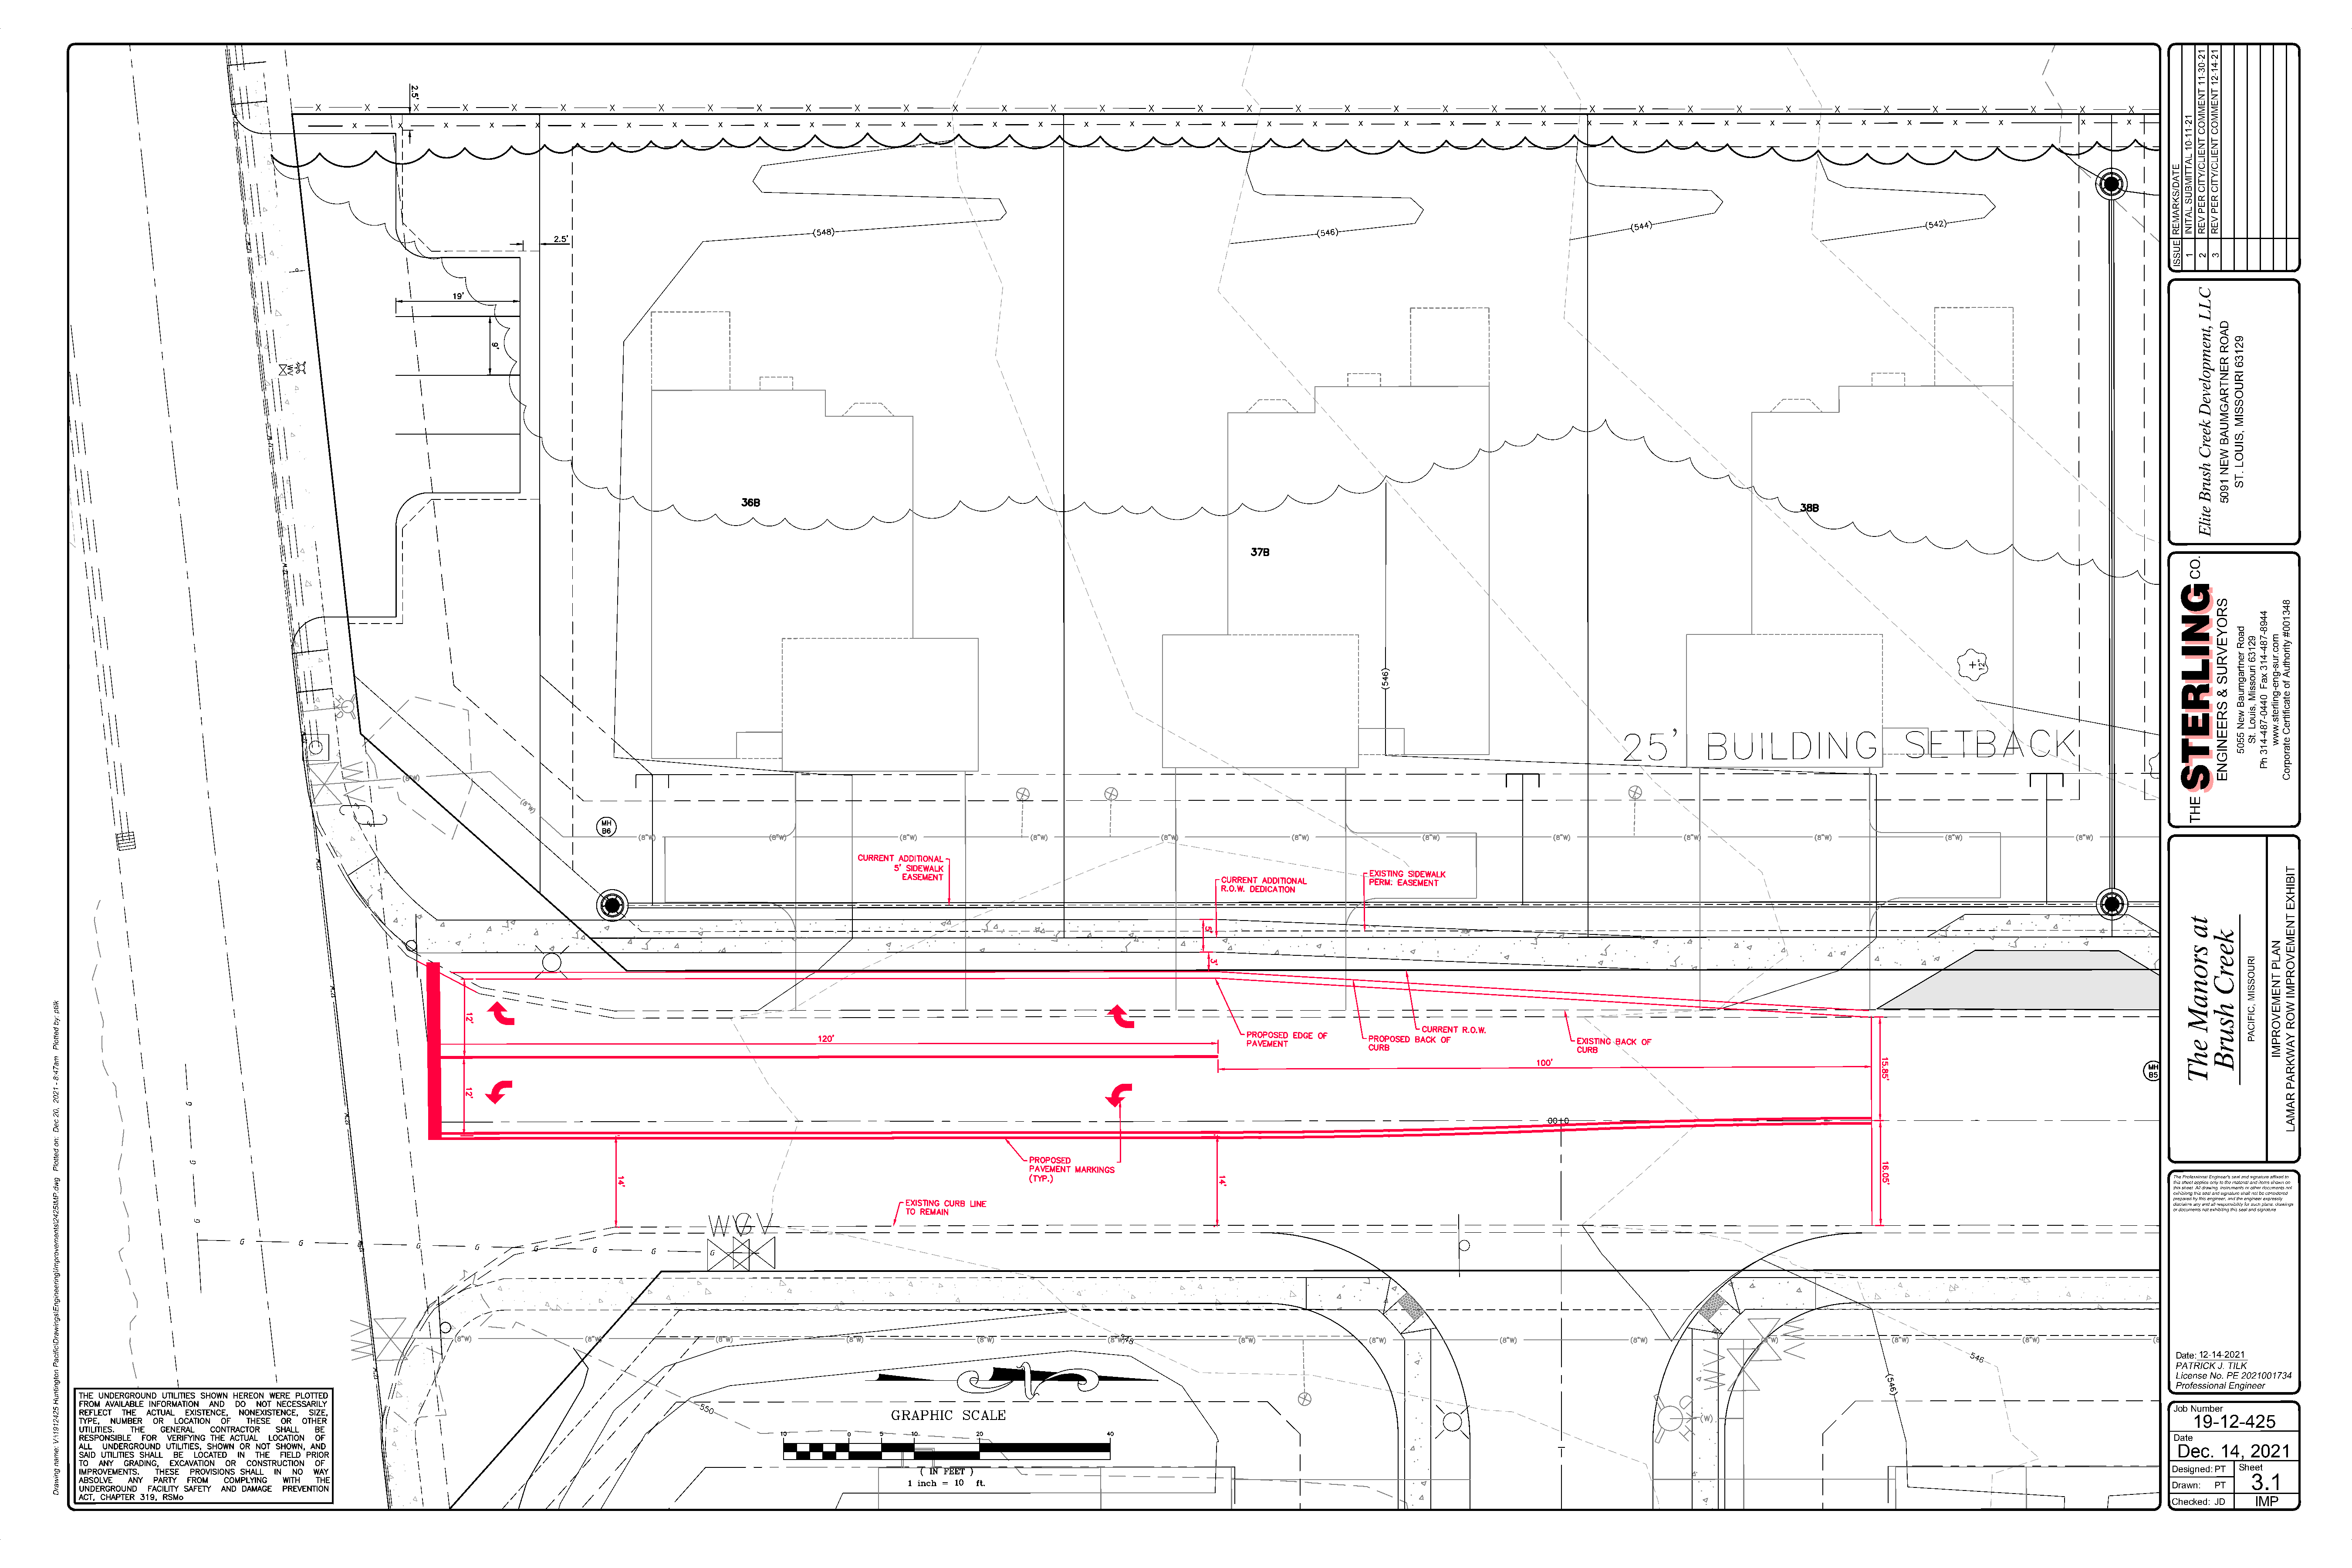
xx    xx     xx     xx     xx     xx     xx     xx     xx     xx     xx     xx     xx     xx     xx     xx     xx     xx     xx     xx     xx     xx    xx     xx     xx     xx     xx     xx     xx     xx     xx     xx     xx     xx     xx     xx     xx          xx     xx
 The Professional Engineer's seal and signature affixed to
 this sheet applies only to the material and items shown on
 this sheet. All drawing, instruments or other documents not
 exhibiting this seal and signature shall not be considered
 prepared by this engineer, and the engineer expressly
 disclaims any and all responsibility for such plans, drawings
 or documents not exhibiting this seal and signature.
 Date:_1_2_-1_4_-_2_0_2_1_
 PATRICK J. TILK
 License No. PE 2021001734
 Professional Engineer
 Job Number
 19-12-425
 Date
 Dec.  14,  2021
 Designed:PT Sheet
 3.1
 Drawn: PT
 Checked: JD  IMP
 klitp
 :yb
 dettolP
 ma74:8
 -
 1202
 ,02
 ceD
 :no
 dettolP
 gwd.PMI5242\stnemevorpmI\gnireenignE\sgniwarD\cificaP
 notgnitnuH
 5242191\:V
 :eman
 gniwarD
 ETAD/SKRAMER
 EUSSI
 GNILRETS
 12-11-01
 LATTIMBUS
 LATINI
 1
 GNILRETS
 ta
 sronaM
 ehT
 .OC
 EHT
 12-03-11
 TNEMMOC
 TNEILC/YTIC
 REP
 VER
 2
 CLL
 ,tnempoleveD
 keerC
 hsurB
 etilE
 12-41-21
 TNEMMOC
 TNEILC/YTIC
 REP
 VER
 3
 keerC
 hsurB
 SROYEVRUS
 &
 SREENIGNE
 DAOR
 RENTRAGMUAB
 WEN
 1905
 92136
 IRUOSSIM
 ,SIUOL
 .TS
 daoR
 rentragmuaB
 weN
 5505
 92136
 iruossiM
 ,siuoL
 .tS
 IRUOSSIM
 ,CIFICAP
 4498-784-413
 xaF
 0440-784-413
 hP
 moc.rus-gne-gnilrets.www
 NALP
 TNEMEVORPMI
 843100#
 ytirohtuA
 fo
 etacifitreC
 etaroproC
 TIBIHXE
 TNEMEVORPMI
 WOR
 YAWKRAP
 RAMAL